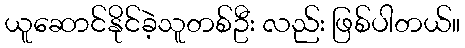
ယူဆောင်နိုင်ခဲ့သူတစ်ဦး လည်း ဖြစ်ပါတယ်။